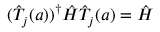
( { \hat { T } } _ { j } ( a ) ) ^ { \dagger } { \hat { H } } { \hat { T } } _ { j } ( a ) = { \hat { H } }